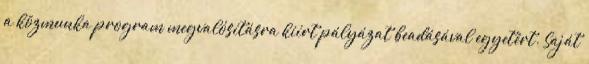
a közmunka program megvalósításra kiírt pályázat beadásával egyetért. Saját